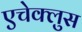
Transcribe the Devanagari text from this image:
एचेक्लुस